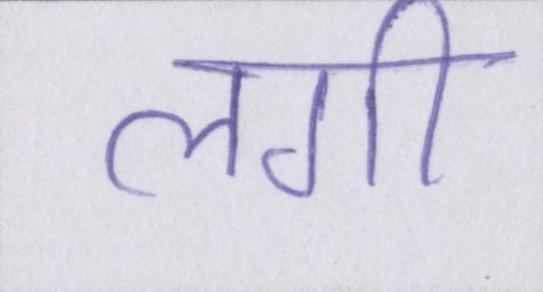
लगी